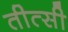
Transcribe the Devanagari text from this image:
तीत्सी